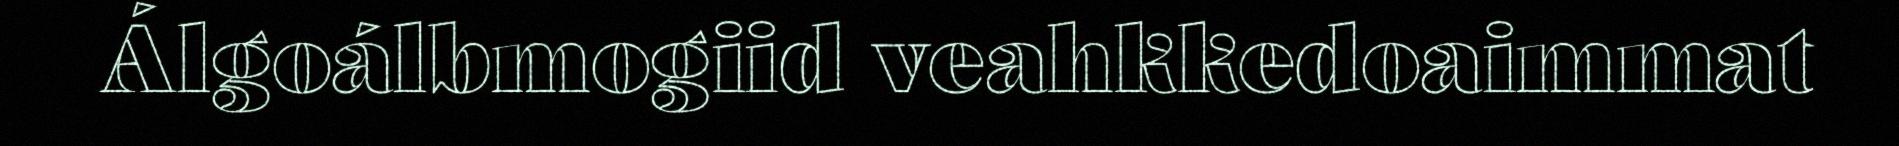
Álgoálbmogiid veahkkedoaimmat